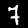
Digit: 7